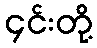
၄င်းတို့